Annual report on the Civil Veterinary Department, Burma (including the Insein Veterinary School) - 1910-1922
Year: 1910
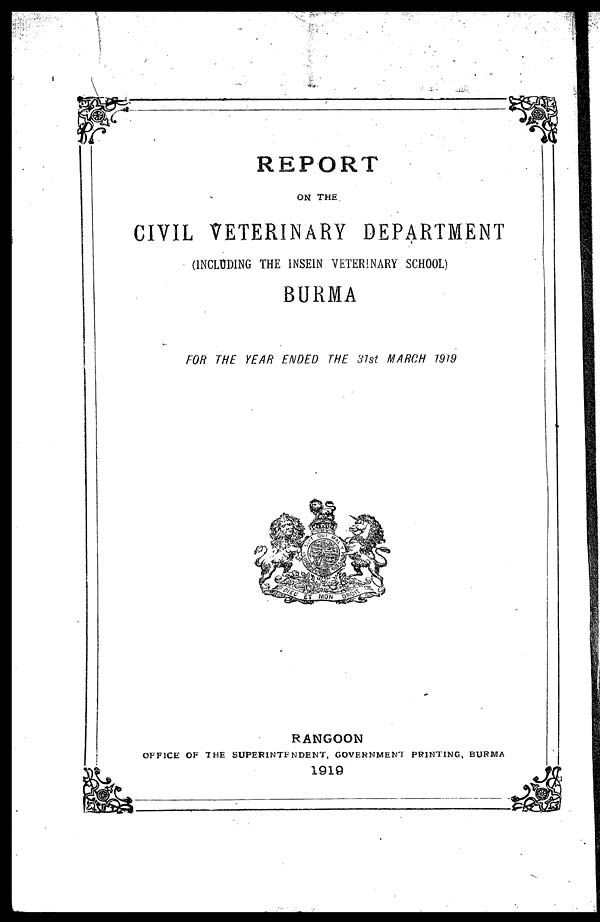
REPORT
ON THE
CIVIL VETERINARY DEPARTMENT
(INCLUDING THE INSEIN VETERINARY SCHOOL)
BURMA
FOR THE YEAR ENDED THE 31st MARCH 1919
RANGOON
OFFICE OF THE SUPERINTENDENT, GOVERNMENT PRINTING, BURMA
1919